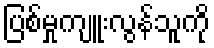
ပြစ်မှုကျူးလွန်သူကို